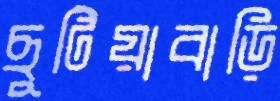
ছুটিয়াবাড়ি